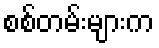
စစ်တမ်းများက